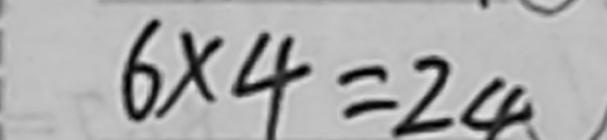
6 \times 4 = 2 4